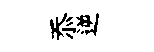
忝逆